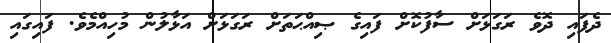
ދެފައި ދޮވެ ރަގަޅަށް ސާފުކޮށް ފައިގެ ޞިއްޙަތަށް ރަގަޅަށް އަޅާލުން މުހިއްމެވެ. ފައިގައި